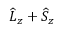
\widehat { L } _ { z } + \widehat { S } _ { z }